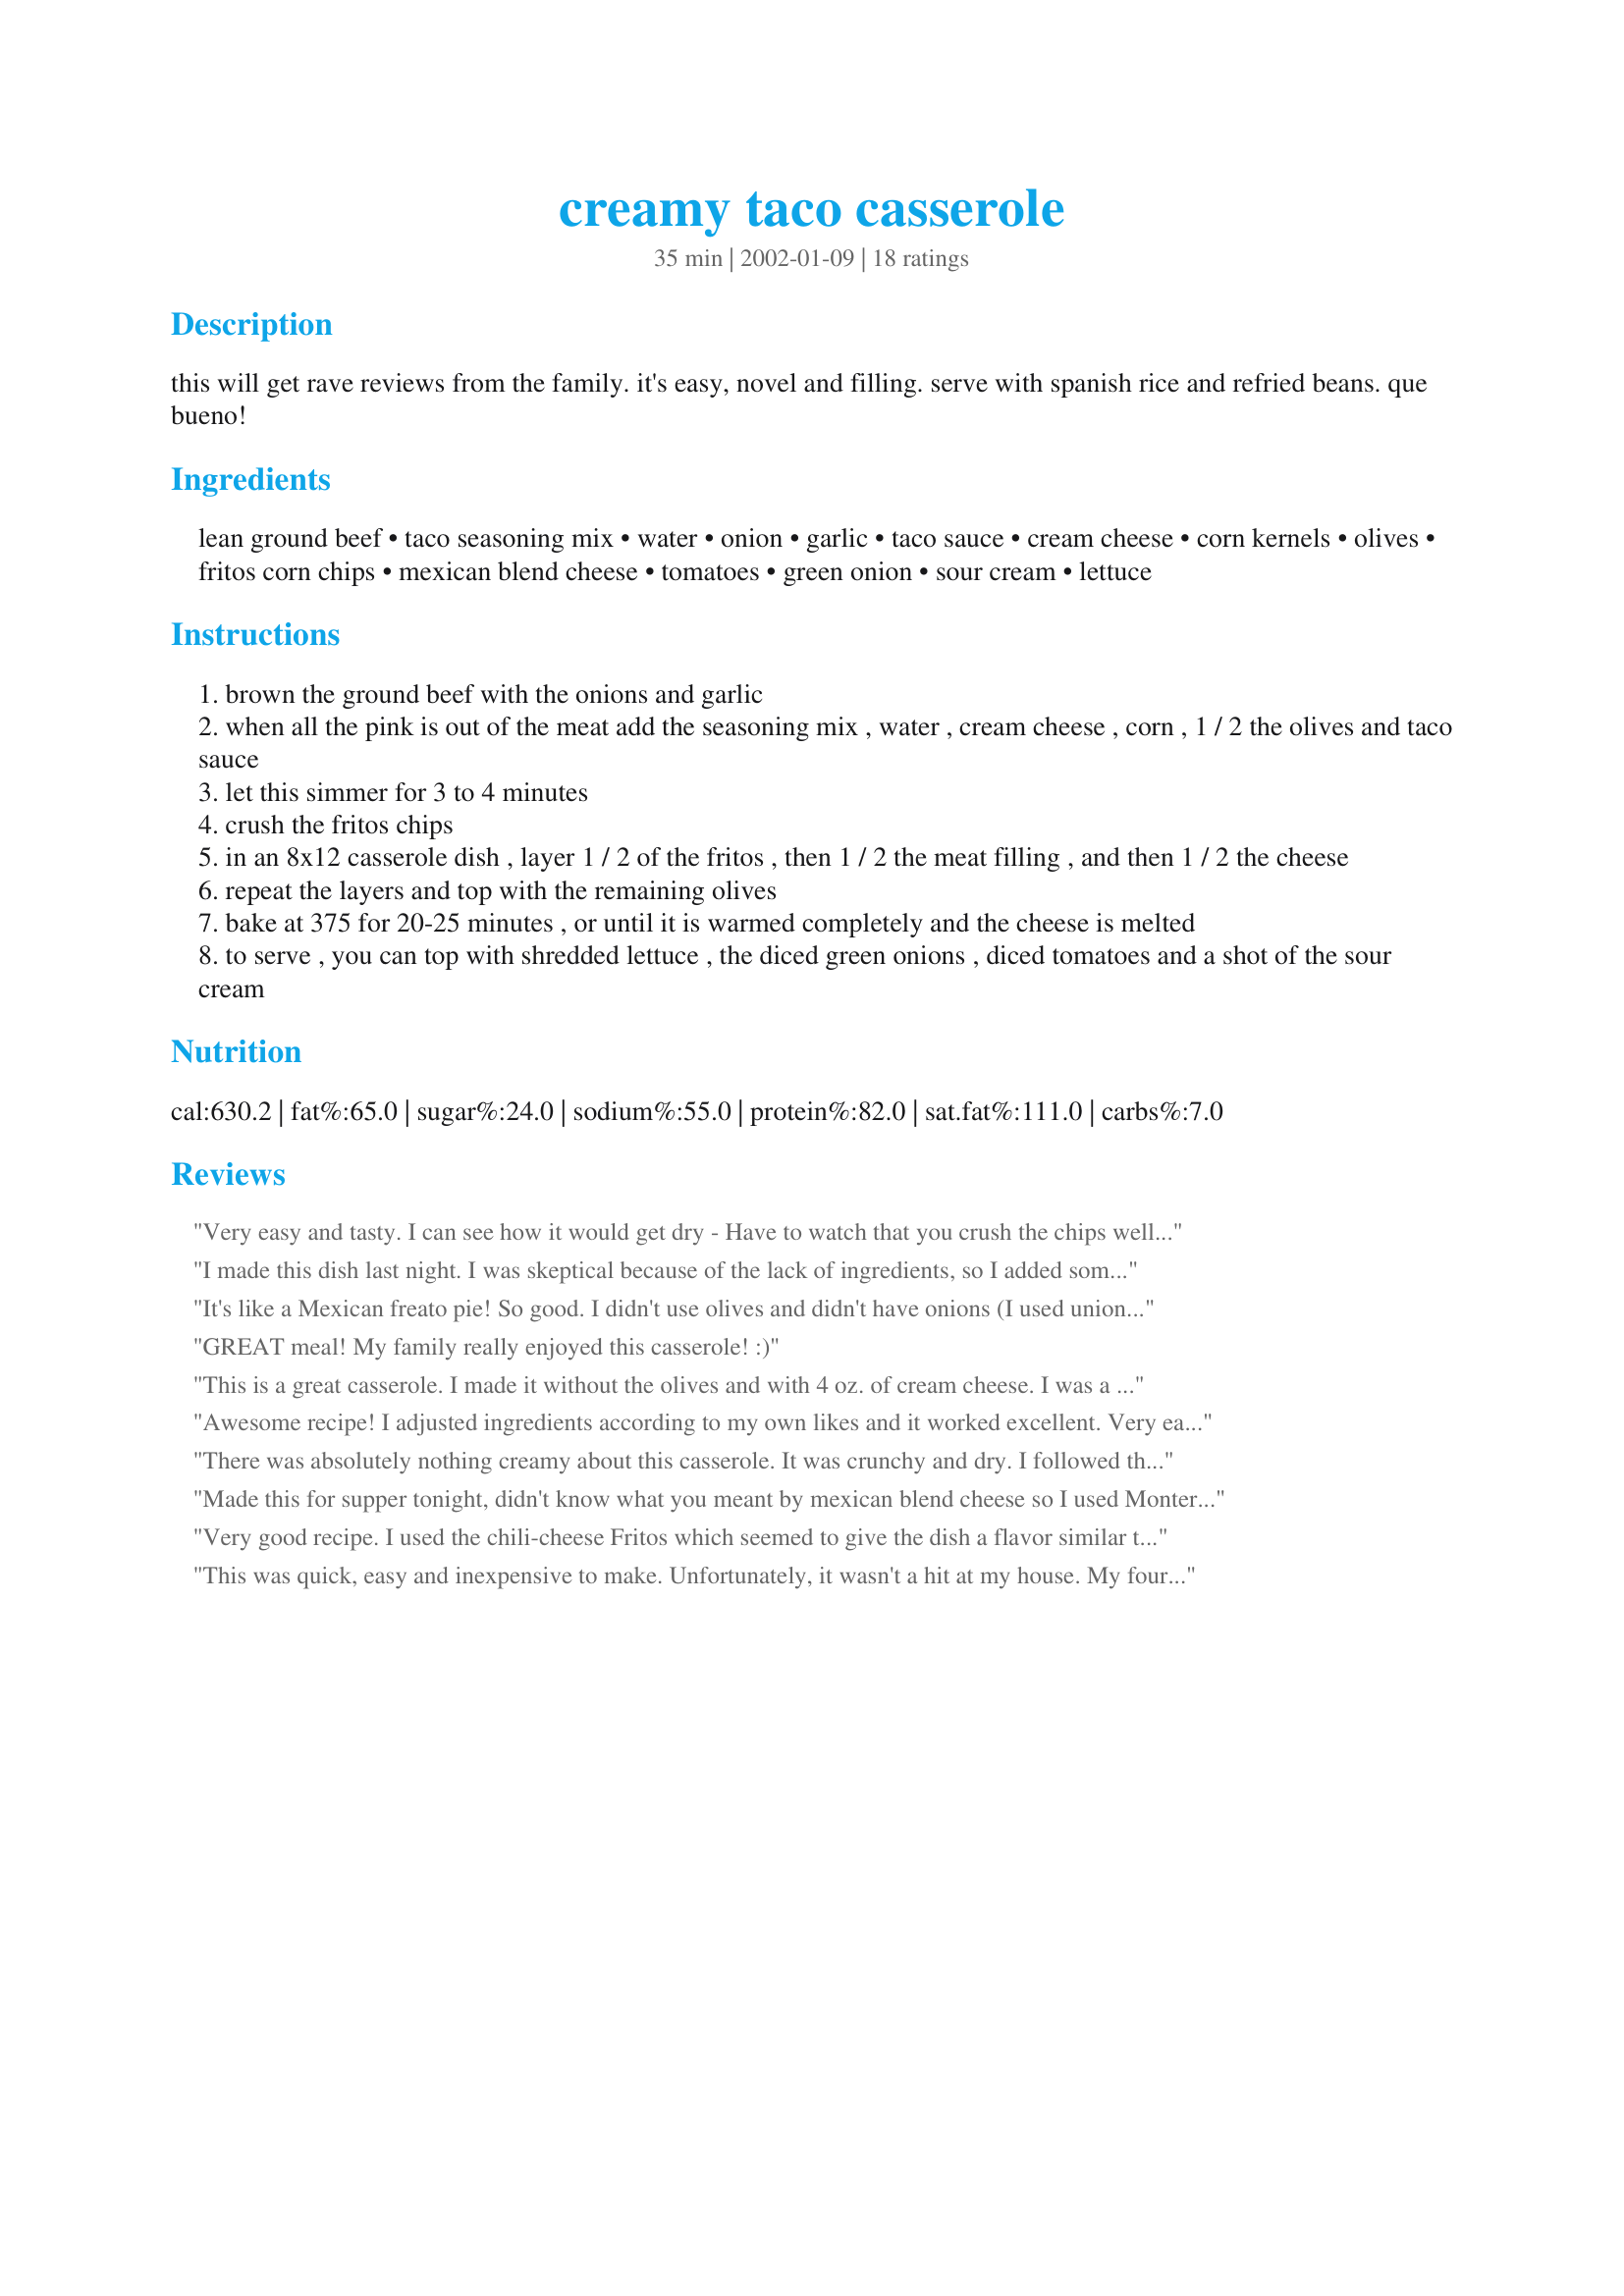
creamy taco casserole
Preparation time: 35 minutes

this will get rave reviews from the family. it's easy, novel and filling. serve with spanish rice and refried beans. que bueno!

Ingredients:
lean ground beef, taco seasoning mix, water, onion, garlic, taco sauce, cream cheese, corn kernels, olives, fritos corn chips, mexican blend cheese, tomatoes, green onion, sour cream, lettuce

Steps:
brown the ground beef with the onions and garlic
when all the pink is out of the meat add the seasoning mix , water , cream cheese , corn , 1 / 2 the olives and taco sauce
let this simmer for 3 to 4 minutes
crush the fritos chips
in an 8x12 casserole dish , layer 1 / 2 of the fritos , then 1 / 2 the meat filling , and then 1 / 2 the cheese
repeat the layers and top with the remaining olives
bake at 375 for 20-25 minutes , or until it is warmed completely and the cheese is melted
to serve , you can top with shredded lettuce , the diced green onions , diced tomatoes and a shot of the sour cream

Reviews:
Very easy and tasty. I can see how it would get dry - Have to watch that you crush the chips well and not use too many. I'll make it again, but use slightly more water and one oz. more cream cheese. Thanks for the good recipe! Great idea to put lettuce, tomato and sour cream on it - yummy.
I made this dish last night. I was skeptical because of the lack of ingredients, 
so I added some spicy beans and diced tomatoes in the meat mixture. It turned out 
great! Better then expected. I served it with homemade tortilla strips and salsa. 
I think next time I would add some diced chilies to spice it up. 
Thanks for sharing.
It's like a Mexican freato pie! So good. I didn't use olives and didn't have onions (I used union powder-it counts). And I tot one layer of everything plus threw in some mexican crema and put sour cream and salsa on the top before I put it in the oven. I will certainly make this again! (yum!)
GREAT meal! My family really enjoyed this casserole! :)
This is a great casserole. I made it without the olives and with 4 oz. of cream cheese. I was a little worried about the amount of liquid before layering (I was worried the chips would get too soggy), so I let most of it cook off. Big mistake as the casserole was a little dry then (my fault, not the recipe's!). I used the chili corn chips as suggested and the taste was fantastic.
Awesome recipe! I adjusted ingredients according to my own likes and it worked excellent. Very easy to prepare ( less than 25 mins.) and quick to cook too. Great flavor, I'll be making this a ton of times. Also, good to take to a party or potluck.
There was absolutely nothing creamy about this casserole. It was crunchy and dry. I followed the recipe perfectly. I've read over it several times just to be sure. It was such a disaster that I had to order pizza for our guests. It was so embarrasing. I think that it needs more cream cheese, possibly and less chips. Good luck to the rest of you that try it.
Made this for supper tonight, didn't know what you meant by mexican blend cheese so I used Monterey Jack with jalapeno chilis. My family rated it a keeper and want it again next sat.
Very good recipe. I used the chili-cheese Fritos which seemed to give the dish a flavor similar to other baked Frito pies I have made. In other words, very tasty.
This was quick, easy and inexpensive to make. Unfortunately, it wasn't a hit at my house. My four year old liked it, my husband didn't. I was somewhere in the middle. My husband asked me not to make this dish again.
Sorry, Dad, this one just didn't go over well with the girls...and even I needed to spice it up a bit. Bill just poured on his hot sauce, so he was okay with it. It wasn't bad, it just didn't work for us.
So easy, and quick too...my kind of meals :) I didn't put in any corn or olives, only because I forgot I used them however it was still very good!
I havn't made this yet, but it sounds so good that I have to give you a 5. I'm making this tomorrow....my husband can hardly wait!!
Update- I did make this and WOW was it good!! I think I'll use light cream cheese next time and light monteray jack cheese to lighten the caloric intake and fat of this recipe! Great recipe!!
I made this dish tonight. Easy to do. I made the recipe according to the directions except for I omitted the olives, but only because of personal preferences. I also used mild salsa in the place of taco sauce. This baked up firm and not exactly "creamy". The end-result was good, though. We added taco toppings of sour cream and lettuce, per the recipe. I'd definitely make this again.
We really liked this and will make again and again. I used regular fritos, no olives (DH won't eat them) and hot and spicy taco seasoning. Extra taco sauce, shredded lettuce and sour cream on top! YUMMY!
Wouldn't change a thing. I made this dish last night for supper. Everyone raved and said it was something very close to what they might get in a restaurant in Mexico. I did use Hot Salsa instead of the Taco sauce called for in the recipe. This one is definitely a keeper.
This was tasty and easy! I upped the cream cheese to 4 oz. and did not drain the juice from the canned corn. The casserole was nice and moist. I let the kids crush the chips before opening the bag. WOW, did they like that. The lettuce, tomato, onion and sour cream toppings really make the dish complete.
Really good! The chips were not soggy and still had some crunch. I used half corn chips and half taco flavored tortilla chips and cheddar cheese,but no olives.Very flavorful. We really enjoyed this. Thanks!!
